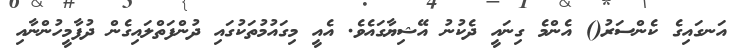
އަނގައިގެ ކެންސަރު() އެންމެ ގިނައީ ދެކުނު އޭޝިޔާގައެވެ. އެއީ މިގައުމުތަކުގައި ދުންފަތްލައިގެން ދުފާމީހުންނާއި